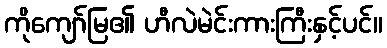
ကိုကျော်မြ၏ ဟီလဲမဲင်းကားကြီးနှင့်ပင်။